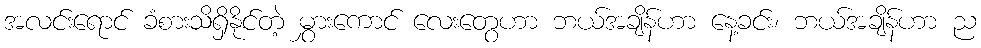
အလင်းရောင် ခံစားသိရှိနိုင်တဲ့ မွှားကောင် လေးတွေဟာ ဘယ်အချိန်ဟာ နေ့ခင်း၊ ဘယ်အချိန်ဟာ ည